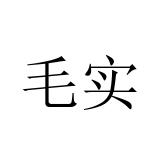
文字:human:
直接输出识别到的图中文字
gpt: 毛实